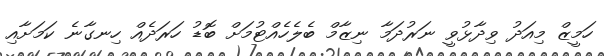
ހަމީޒް މިއަދު ވިދާޅުވީ ނަރުދަމާ ނިޒާމް ބެލެހެއްޓުމަށް ބޮޑު ހަރަދެއް ހިނގާނެ ކަމަށާއި